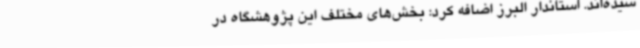
سیده‌اند. استاندار البرز اضافه کرد: بخش‌های مختلف این پژوهشگاه در